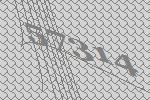
57314